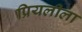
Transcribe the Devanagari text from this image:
प्रियलीला